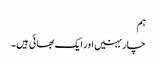
ہم
چار بہنیں اور ایک بھائی ہیں۔